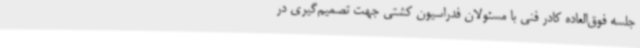
جلسه فوق‌العاده کادر فنی با مسئولان فدراسیون کشتی جهت تصمیم‌گیری در